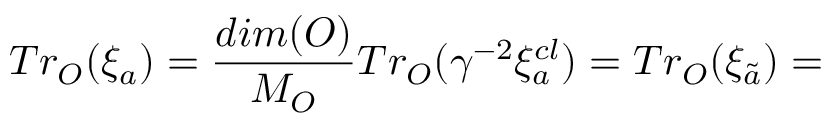
T r _ { O } ( \xi _ { a } ) = \frac { d i m ( O ) } { M _ { O } } T r _ { O } ( \gamma ^ { - 2 } \xi _ { a } ^ { c l } ) = T r _ { O } ( \xi _ { \tilde { a } } ) =